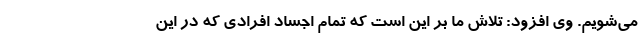
می‌شویم. وی افزود: تلاش ما بر این است که تمام اجساد افرادی که در این